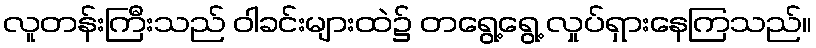
လူတန်းကြီးသည် ဝါခင်းများထဲ၌ တရွေ့ရွေ့ လှုပ်ရှားနေကြသည်။